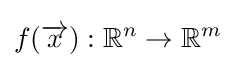
f({\overrightarrow {x}}):\mathbb {R} ^{n}\to \mathbb {R} ^{m}